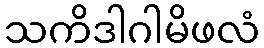
သကိဒါဂါမိဖလံ